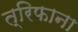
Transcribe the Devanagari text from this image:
त्रिफाना